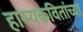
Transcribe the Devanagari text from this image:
हास्यकवितांच्या